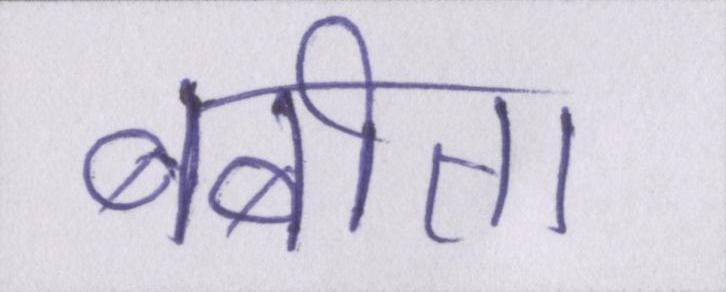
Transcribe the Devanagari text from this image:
बबीता